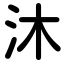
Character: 沐